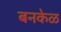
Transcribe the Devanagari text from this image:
बनकेळ